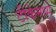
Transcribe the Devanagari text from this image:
टीकेमध्ये